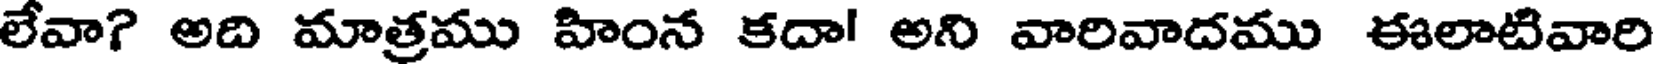
లేవా? అది మాత్రము హింన కదా! అని వారివాదము ఈలాటివారి